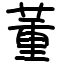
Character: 董